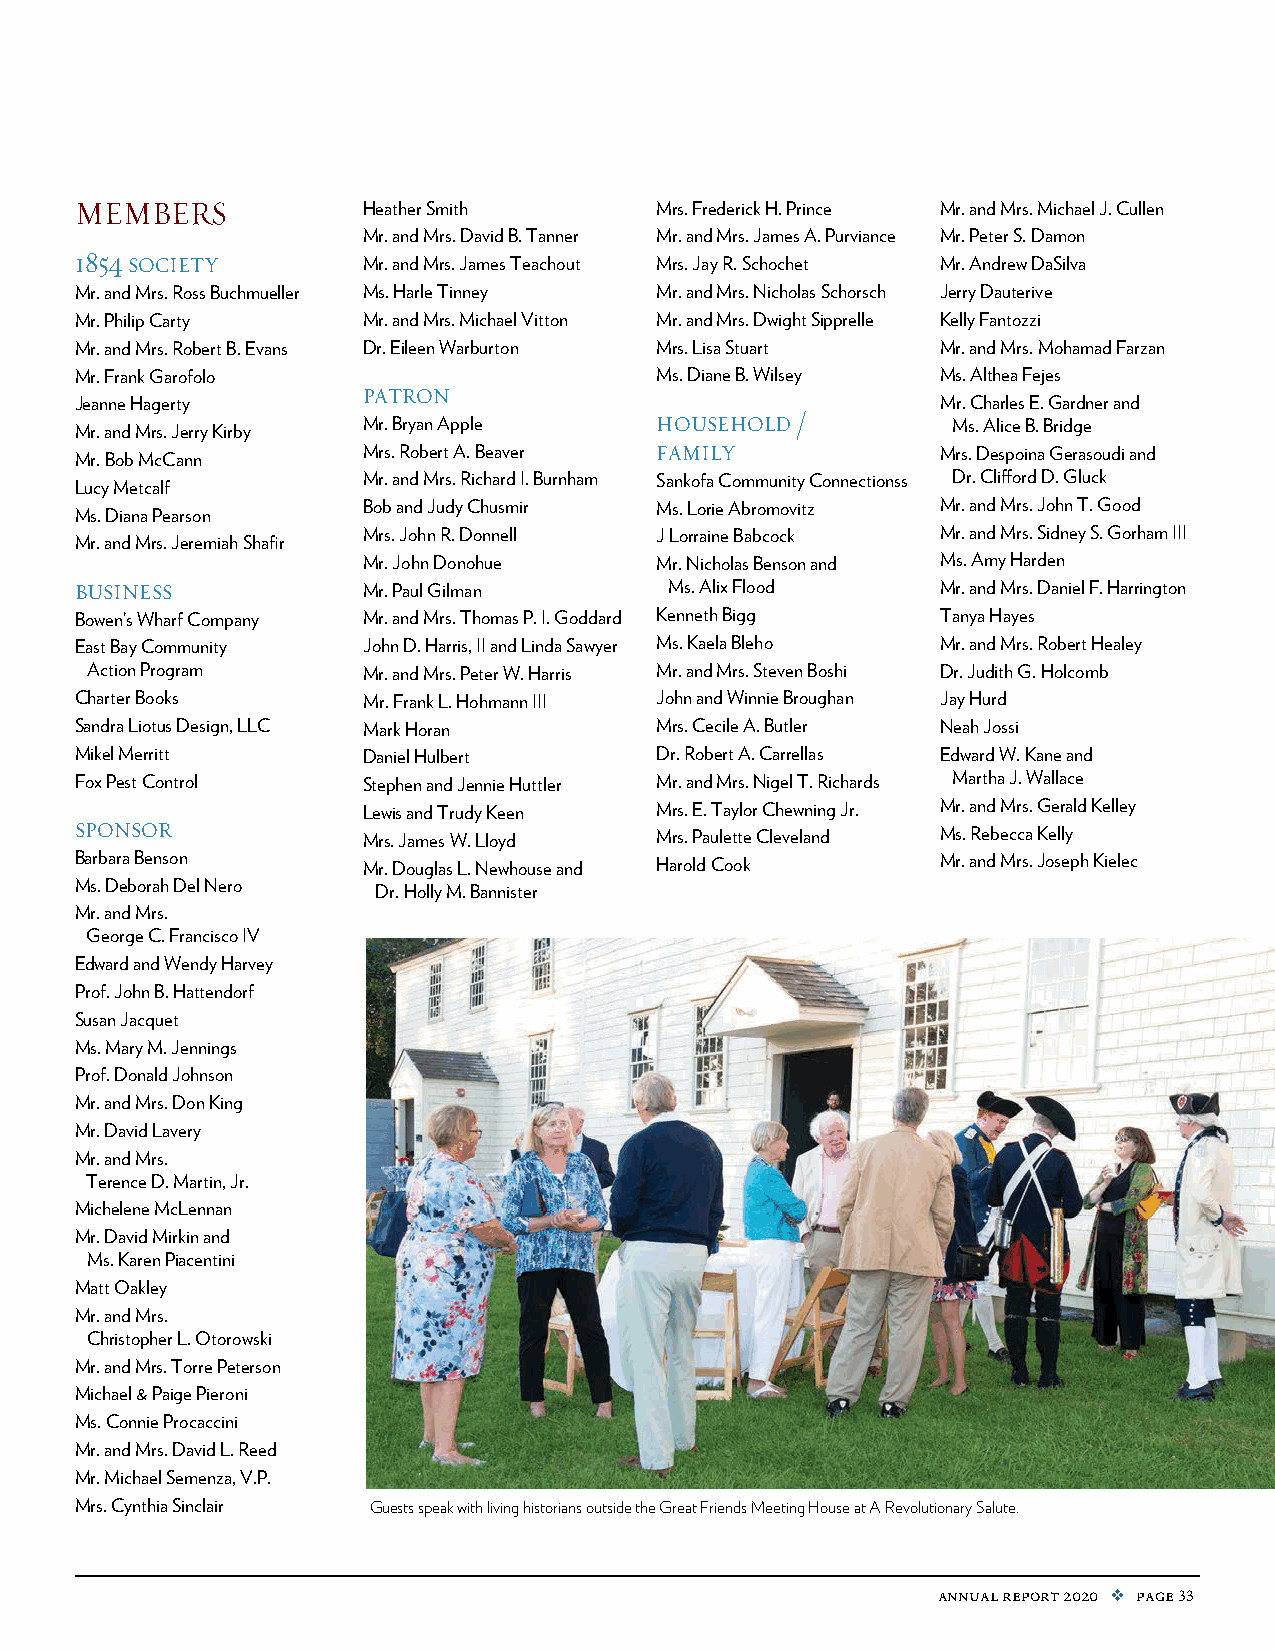
members            Heather Smith      Mrs. Frederick H. Prince Mr. and Mrs. Michael J. Cullen
 Mr. and Mrs. David B. Tanner Mr. and Mrs. James A. Purviance Mr. Peter S. Damon
 1854 society       Mr. and Mrs. James Teachout Mrs. Jay R. Schochet Mr. Andrew DaSilva
 Mr. and Mrs. Ross Buchmueller Ms. Harle Tinney Mr. and Mrs. Nicholas Schorsch Jerry Dauterive
 Mr. Philip Carty   Mr. and Mrs. Michael Vitton Mr. and Mrs. Dwight Sipprelle Kelly Fantozzi
 Mr. and Mrs. Robert B. Evans Dr. Eileen Warburton Mrs. Lisa Stuart Mr. and Mrs. Mohamad Farzan
 Mr. Frank Garofolo                    Ms. Diane B. Wilsey Ms. Althea Fejes
 patron
 Jeanne Hagerty                                           Mr. Charles E. Gardner and
 Mr. and Mrs. Jerry Kirby Mr. Bryan Apple household /      Ms. Alice B. Bridge
 Mr. Bob McCann     Mrs. Robert A. Beaver family          Mrs. Despoina Gerasoudi and
 Mr. and Mrs. Richard I. Burnham Sankofa Community Connectionss Dr. Clifford D. Gluck
 Lucy Metcalf
 Bob and Judy Chusmir Ms. Lorie Abromovitz Mr. and Mrs. John T. Good
 Ms. Diana Pearson
 Mrs. John R. Donnell J Lorraine Babcock Mr. and Mrs. Sidney S. Gorham III
 Mr. and Mrs. Jeremiah Shafir
 Mr. John Donohue   Mr. Nicholas Benson and Ms. Amy Harden
 business           Mr. Paul Gilman     Ms. Alix Flood    Mr. and Mrs. Daniel F. Harrington
 Bowen’s Wharf Company Mr. and Mrs. Thomas P. I. Goddard Kenneth Bigg Tanya Hayes
 East Bay Community John D. Harris, II and Linda Sawyer Ms. Kaela Bleho Mr. and Mrs. Robert Healey
 Action Program    Mr. and Mrs. Peter W. Harris Mr. and Mrs. Steven Boshi Dr. Judith G. Holcomb
 Charter Books      Mr. Frank L. Hohmann III John and Winnie Broughan Jay Hurd
 Sandra Liotus Design, LLC Mark Horan  Mrs. Cecile A. Butler Neah Jossi
 Mikel Merritt      Daniel Hulbert     Dr. Robert A. Carrellas Edward W. Kane and
 Fox Pest Control   Stephen and Jennie Huttler Mr. and Mrs. Nigel T. Richards Martha J. Wallace
 Lewis and Trudy Keen Mrs. E. Taylor Chewning Jr. Mr. and Mrs. Gerald Kelley
 sponsor            Mrs. James W. Lloyd Mrs. Paulette Cleveland Ms. Rebecca Kelly
 Barbara Benson     Mr. Douglas L. Newhouse and Harold Cook Mr. and Mrs. Joseph Kielec
 Ms. Deborah Del Nero Dr. Holly M. Bannister
 Mr. and Mrs.
 George C. Francisco IV
 Edward and Wendy Harvey
 Prof. John B. Hattendorf
 Susan Jacquet
 Ms. Mary M. Jennings
 Prof. Donald Johnson
 Mr. and Mrs. Don King
 Mr. David Lavery
 Mr. and Mrs.
 Terence D. Martin, Jr.
 Michelene McLennan
 Mr. David Mirkin and
 Ms. Karen Piacentini
 Matt Oakley
 Mr. and Mrs.
 Christopher L. Otorowski
 Mr. and Mrs. Torre Peterson
 Michael & Paige Pieroni
 Ms. Connie Procaccini
 Mr. and Mrs. David L. Reed
 Mr. Michael Semenza, V.P.
 Mrs. Cynthia Sinclair Guests speak with living historians outside the Great Friends Meeting House at A Revolutionary Salute.
 annual report 2020 v page 33